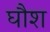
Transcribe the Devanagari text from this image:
घौश